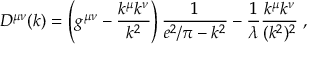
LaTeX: D ^ { \mu \nu } ( k ) = \left( g ^ { \mu \nu } - \frac { k ^ { \mu } k ^ { \nu } } { k ^ { 2 } } \right) \frac { 1 } { e ^ { 2 } / \pi - k ^ { 2 } } - \frac { 1 } { \lambda } \frac { k ^ { \mu } k ^ { \nu } } { ( k ^ { 2 } ) ^ { 2 } } \; ,